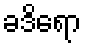
ခဒိရော